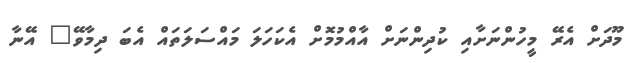
މޫދަށް އެރޭ މީހުންނަށާއި ކުދިންނަށް އާއްމުމޮށް އެކަހަލަ މައްސަލަތައް އެބަ ދިމާވޭ" އޭނާ